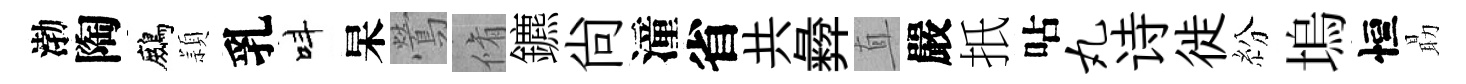
渤陶鷓頴乳呌杲鶯脩鑣尙潼省共彜直嚴扺呫丸诗徙紛塢恒朂